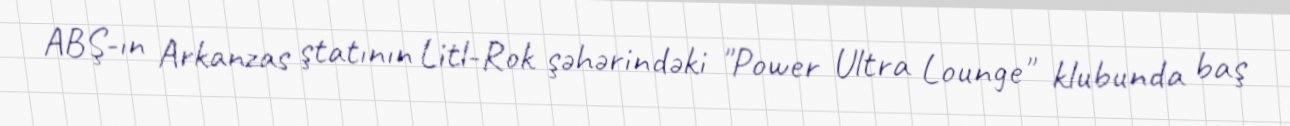
ABŞ-ın Arkanzas ştatının Litl-Rok şəhərindəki "Power Ultra Lounge" klubunda baş